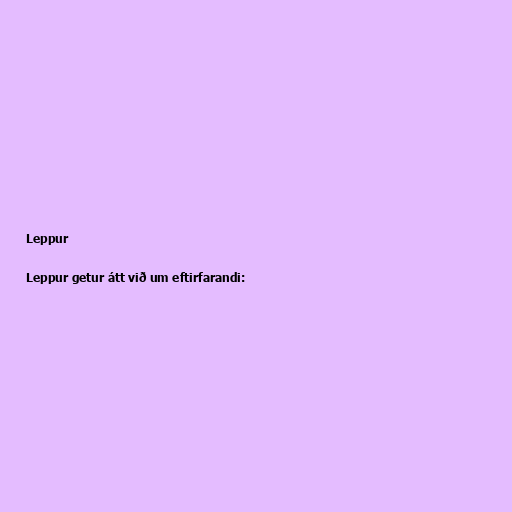
Leppur

Leppur getur átt við um eftirfarandi: